Indian journal of veterinary science and animal husbandry - Volumes 26-27, 1956-1957
Year: 1956
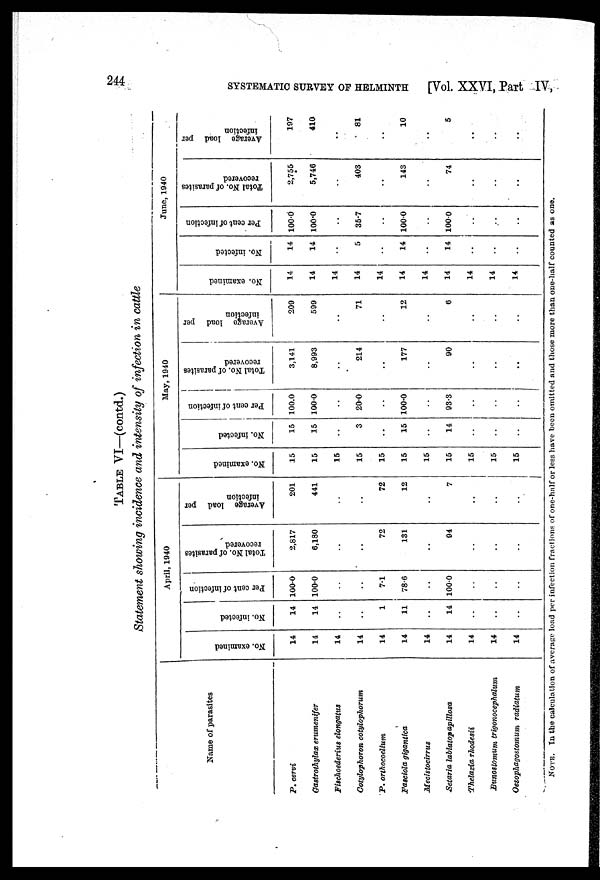
244
SYSTEMATIC SURVEY OF HELMINTH
[Vol. XXVI, Part IV,
TABLE VI—(contd.)
Statement showing incidence and intensity of infection in cattle
Name of parasites
P. cervi
Gastrothylax erumenifer
Fischoederius elongatus
Cotylophoron cotylophorum
P. orthocoelium
Fasciola gigantica
Mecistocirrus
Setaria labiatop apillosa
Thelazia rhodesii
Bunostomum trigonocephalum
Oesophagostomum radiatum
April, 1940
No. examined
14
14
14
14
14
14
14
14
14
14
14
No. infected
14
14
. .
. .
1
11
. .
14
. .
. .
. .
Per cent of infection
100.0
100.0
. .
. .
7.1
78.6
. .
100.0
. .
. .
. .
Total No. of parasites
recovered
2,817
6,180
. .
. .
72
131
. .
94
. .
. .
. .
Average load per
infection
201
441
. .
. .
72
12
. .
7
. .
. .
. .
May, 1940
No. examined
15
15
15
15
15
15
15
15
15
15
15
No. infected
15
15
. .
3
. .
15
. .
14
. .
. .
. .
Per cent of infection
100.0
100.0
. .
20.0
. .
100.0
. .
93.3
. .
. .
. .
Total No. of parasites
recovered
3,141
8,993
. .
214
. .
177
. .
90
. .
. .
. .
Average load per
infection
209
599
. .
71
. .
12
. .
6
. .
. .
. .
June, 1940
No. examined
14
14
14
14
14
14
14
14
14
14
14
No. infected
14
14
. .
5
. .
14
. .
14
. .
. .
. .
Per cent of infection
100.0
100.0
. .
35.7
. .
100.0
. .
100.0
. .
. .
. .
Total No. of parasites
recovered
2,755
5,746
. .
403
. .
143
. .
74
. .
. .
. .
Average load per
infection
197
410
. .
81
. .
10
. .
5
. .
. .
. .
NOTE. In the calculation of average load per infection fractions of one-half or less have been omitted and those more than one-half counted as one.